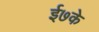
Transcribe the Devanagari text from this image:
ई७के